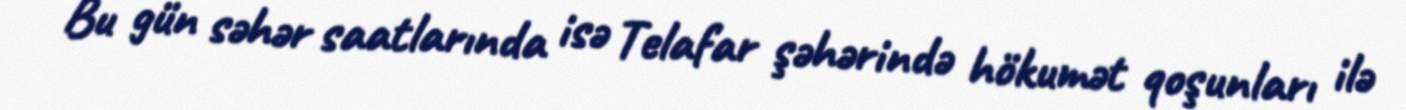
Bu gün səhər saatlarında isə Telafar şəhərində hökumət qoşunları ilə